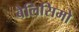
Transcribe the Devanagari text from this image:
बेलिसिमो